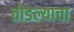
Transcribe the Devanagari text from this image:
तोडल्याचा